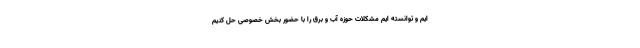
ایم و توانسته ایم مشکلات حوزه آب و برق را با حضور بخش خصوصی حل کنیم